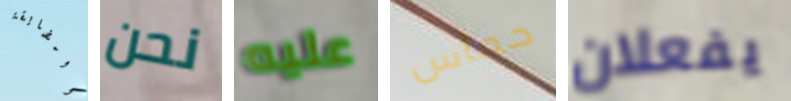
المضايقة نحن عليه حماس يفعلان